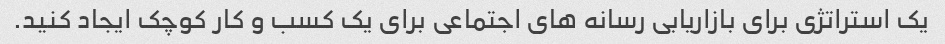
یک استراتژی برای بازاریابی رسانه های اجتماعی برای یک کسب و کار کوچک ایجاد کنید.